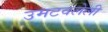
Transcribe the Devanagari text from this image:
उमटवलेली